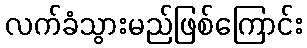
လက်ခံသွားမည်ဖြစ်ကြောင်း